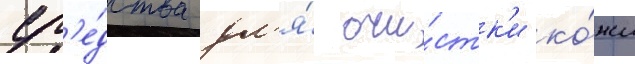
ср'е́дства дл'я́ очи́стк'и ко́жи